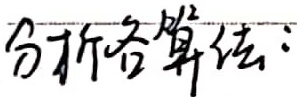
分析各算法：